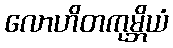
လောဟိတကုမ္ဘိယံ